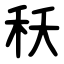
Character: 秗